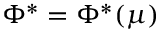
\Phi ^ { * } = \Phi ^ { * } ( \mu )